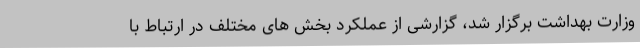
وزارت بهداشت برگزار شد، گزارشی از عملکرد بخش های مختلف در ارتباط با